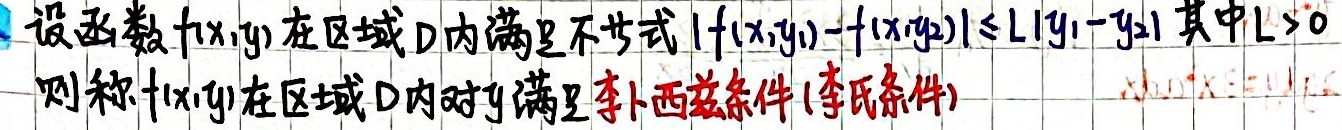
设函数\(f(x,y)\)在区域\(D\)内满足不等式\(\vert f(x,y_{1}) - f(x,y_{2})\vert\leq L\vert y_{1}-y_{2}\vert\)其中\(L > 0\)
则称\(f(x,y)\)在区域\(D\)内对\(y\)满足李卜西兹条件(李氏条件)